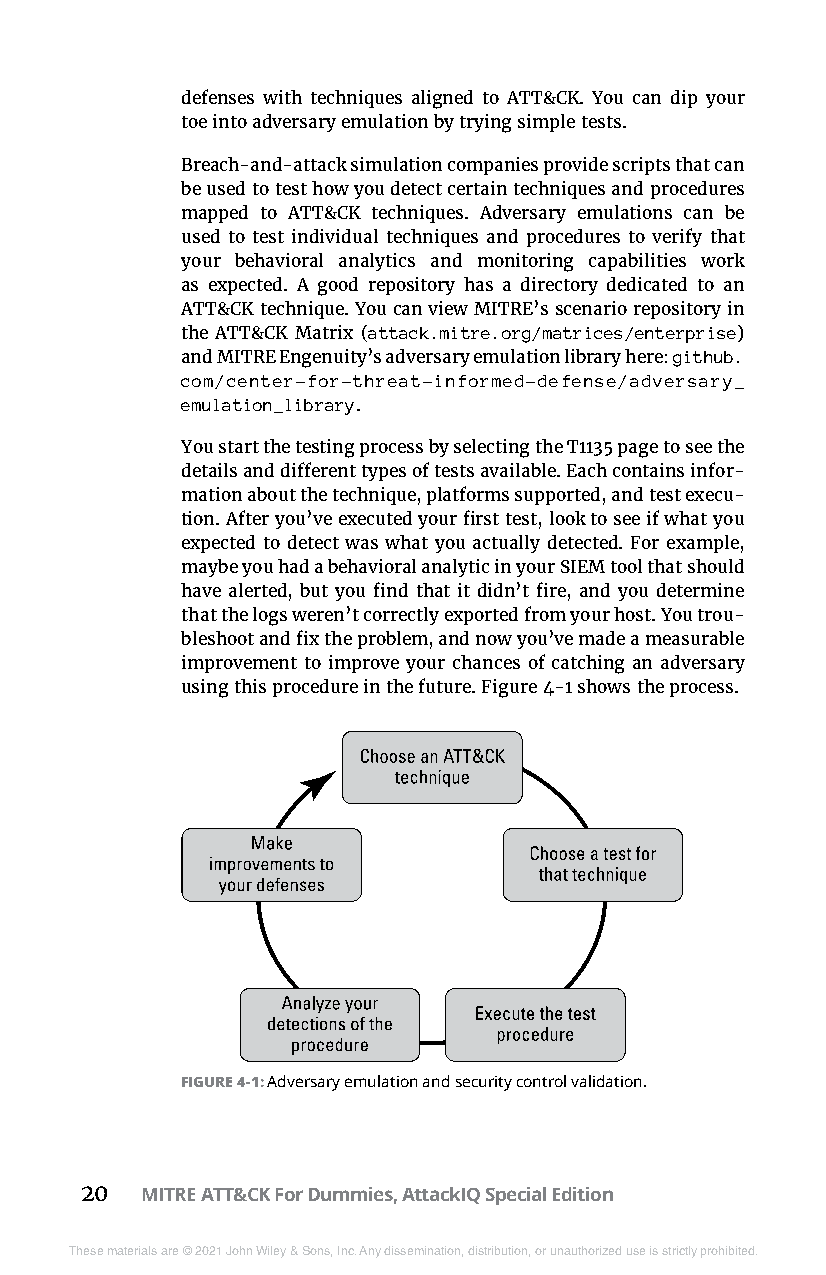
defenses with techniques aligned to ATT&CK. You can dip your
 toe into adversary emulation by trying simple tests.
 Breach-and-attack simulation companies provide scripts that can
 be used to test how you detect certain techniques and procedures
 mapped to ATT&CK techniques. Adversary emulations can be
 used to test individual techniques and procedures to verify that
 your behavioral analytics and monitoring capabilities work
 as expected. A good repository has a directory dedicated to an
 ATT&CK technique. You can view MITRE’s scenario repository in
 the ATT&CK Matrix (attack.mitre.org/matrices/enterprise)
 and MITRE Engenuity’s adversary emulation library here: github.
 com/center-for-threat-informed-defense/adversary_
 emulation_library.
 You start the testing process by selecting the T1135 page to see the
 details and different types of tests available. Each contains infor-
 mation about the technique, platforms supported, and test execu-
 tion. After you’ve executed your first test, look to see if what you
 expected to detect was what you actually detected. For example,
 maybe you had a behavioral analytic in your SIEM tool that should
 have alerted, but you find that it didn’t fire, and you determine
 that the logs weren’t correctly exported from your host. You trou-
 bleshoot and fix the problem, and now you’ve made a measurable
 improvement to improve your chances of catching an adversary
 using this procedure in the future. Figure 4-1 shows the process.
 FIGURE 4-1: Adversary emulation and security control validation.
 20  MITRE ATT&CK For Dummies, AttackIQ Special Edition
 These materials are © 2021 John Wiley & Sons, Inc. Any dissemination, distribution, or unauthorized use is strictly prohibited.